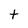
Character: t